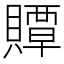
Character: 贉